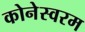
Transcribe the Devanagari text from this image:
कोनेस्वरम